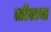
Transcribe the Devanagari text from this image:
लोराच